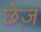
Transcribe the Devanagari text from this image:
छेज़